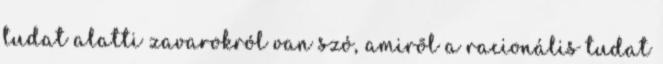
tudat alatti zavarokról van szó, amirõl a racionális tudat